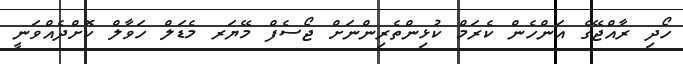
ހޯދި ރާއްޖޭގެ އަންހެން ކެރަމް ކުޅިންތެރިންނަށް ޖޯސެފް މޭޔަރ މެޑަލް ހަވާލް ކޮށްދެއްވަނީ